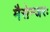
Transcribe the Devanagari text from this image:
मैसेन्जरः